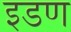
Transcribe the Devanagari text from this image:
इडण